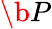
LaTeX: \b{P}